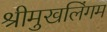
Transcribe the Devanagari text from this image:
श्रीमुखलिंगम